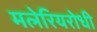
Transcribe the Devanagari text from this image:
मलेरियरोधी